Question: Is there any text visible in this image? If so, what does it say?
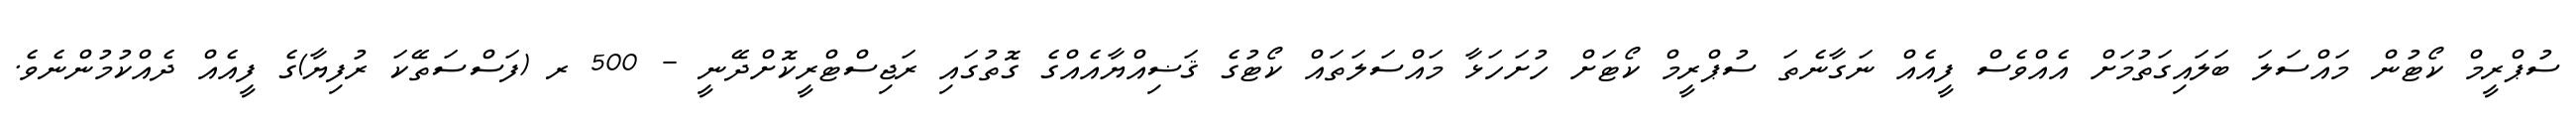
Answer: ސުޕްރީމް ކޯޓުން މައްސަލަ ބަލައިގަތުމަށް އެއްވެސް ފީއެއް ނަގާނެތަ ސުޕްރީމް ކޯޓަށް ހުށަހަޅާ މައްސަލަތައް ކޯޓުގެ ޤަޟިއްޔާއެއްގެ ގޮތުގައި ރަޖިސްޓްރީކޮށްދޭނީ - 500 ރ (ފަސްސަތޭކަ ރުފިޔާ)ގެ ފީއެއް ދެއްކުމުންނެވެ.